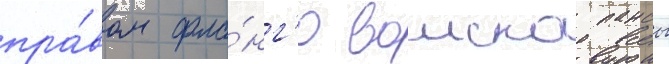
пра́вом фла́нг'е воиска пансы